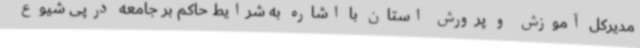
مدیرکل آموزش و پرورش استان با اشاره به شرایط حاکم بر جامعه درپی شیوع